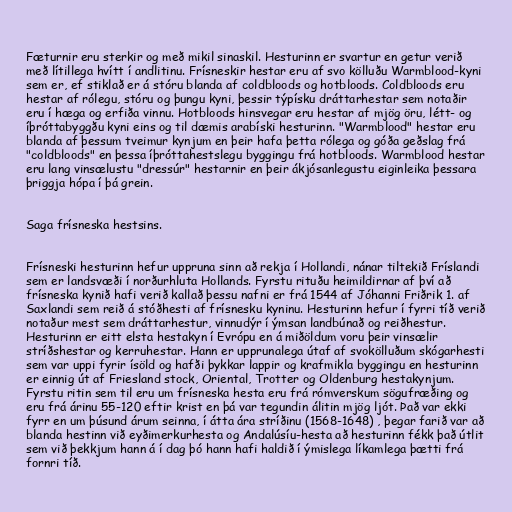
Fæturnir eru sterkir og með mikil sinaskil. Hesturinn er svartur en getur verið
með lítillega hvítt í andlitinu. Frísneskir hestar eru af svo kölluðu Warmblood-kyni
sem er, ef stiklað er á stóru blanda af coldbloods og hotbloods. Coldbloods eru
hestar af rólegu, stóru og þungu kyni, þessir týpísku dráttarhestar sem notaðir
eru í hæga og erfiða vinnu. Hotbloods hinsvegar eru hestar af mjög öru, létt- og
íþróttabyggðu kyni eins og til dæmis arabíski hesturinn. "Warmblood" hestar eru
blanda af þessum tveimur kynjum en þeir hafa þetta rólega og góða geðslag frá
"coldbloods" en þessa íþróttahestslegu byggingu frá hotbloods. Warmblood hestar
eru lang vinsælustu "dressúr" hestarnir en þeir ákjósanlegustu eiginleika þessara
þriggja hópa í þá grein.

Saga frísneska hestsins.

Frísneski hesturinn hefur uppruna sinn að rekja í Hollandi, nánar tiltekið Fríslandi
sem er landsvæði í norðurhluta Hollands. Fyrstu rituðu heimildirnar af því að
frísneska kynið hafi verið kallað þessu nafni er frá 1544 af Jóhanni Friðrik 1. af
Saxlandi sem reið á stóðhesti af frísnesku kyninu. Hesturinn hefur í fyrri tíð verið
notaður mest sem dráttarhestur, vinnudýr í ýmsan landbúnað og reiðhestur.
Hesturinn er eitt elsta hestakyn í Evrópu en á miðöldum voru þeir vinsælir
stríðshestar og kerruhestar. Hann er upprunalega útaf af svokölluðum skógarhesti
sem var uppi fyrir ísöld og hafði þykkar lappir og krafmikla byggingu en hesturinn
er einnig út af Friesland stock, Oriental, Trotter og Oldenburg hestakynjum.
Fyrstu ritin sem til eru um frísneska hesta eru frá rómverskum sögufræðing og
eru frá árinu 55-120 eftir krist en þá var tegundin álitin mjög ljót. Það var ekki
fyrr en um þúsund árum seinna, í átta ára stríðinu (1568-1648) , þegar farið var að
blanda hestinn við eyðimerkurhesta og Andalúsíu-hesta að hesturinn fékk það útlit
sem við þekkjum hann á í dag þó hann hafi haldið í ýmislega líkamlega þætti frá
fornri tíð.